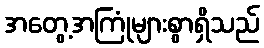
အတွေ့အကြုံများစွာရှိသည်